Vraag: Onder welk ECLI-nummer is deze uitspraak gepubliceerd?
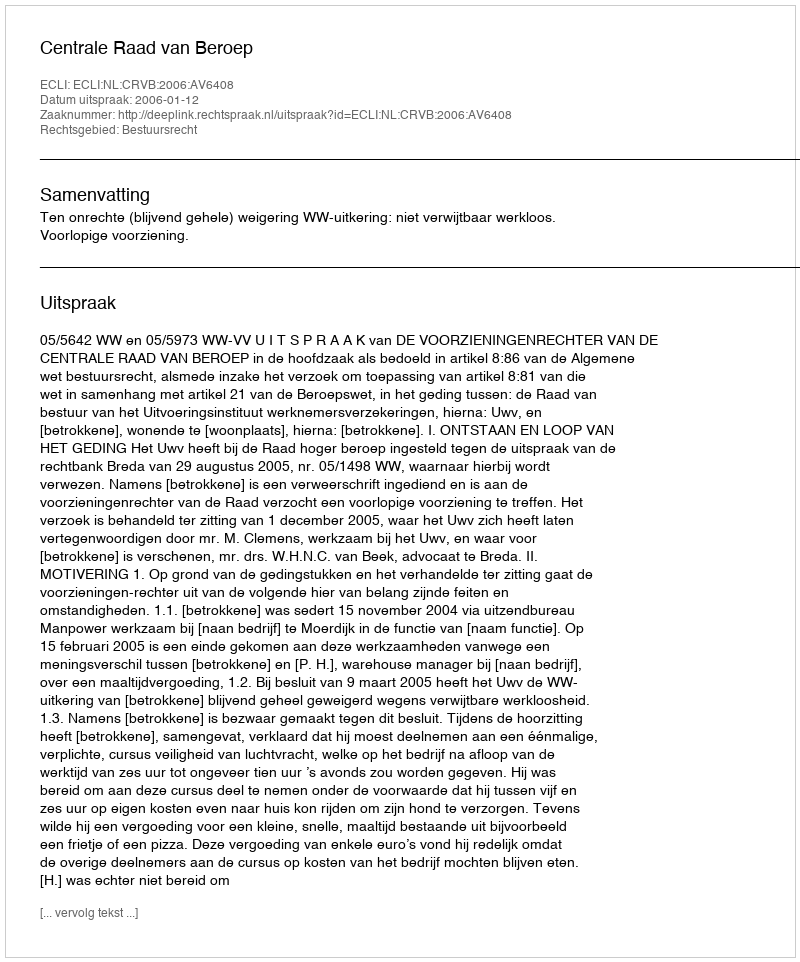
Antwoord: ECLI:NL:CRVB:2006:AV6408